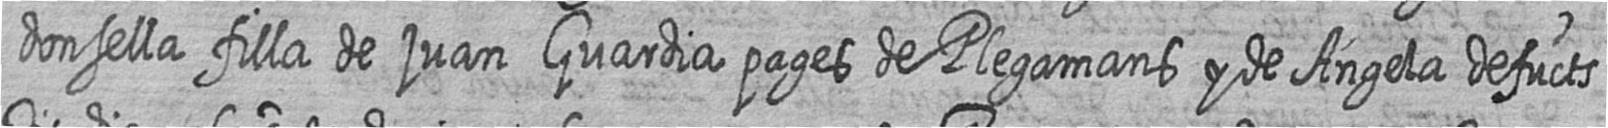
donsella filla de juan Guardia pages de Plegamans y de Angela defucts